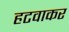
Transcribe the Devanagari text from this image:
हटवाकर